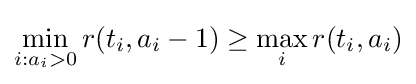
\min _{i:a_{i}>0}r(t_{i},a_{i}-1)\geq \max _{i}r(t_{i},a_{i})